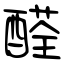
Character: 醛